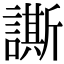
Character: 𧬜